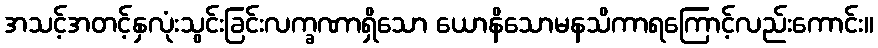
အသင့်အတင့်နှလုံးသွင်းခြင်းလက္ခဏာရှိသော ယောနိသောမနသိကာရကြောင့်လည်းကောင်း။